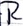
Text: R